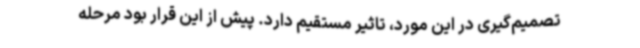
تصمیم‌گیری در این ‌مورد، تاثیر مستقیم دارد. پیش از این قرار بود مرحله